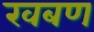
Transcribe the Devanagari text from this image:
खबण